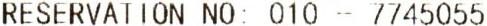
RESERVATION NO: 010 - 7745055